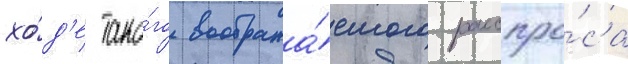
хо́д'е тако́го вообража́емого расспро́са